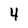
Character: 4